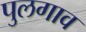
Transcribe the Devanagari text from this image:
पुलगाव